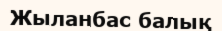
Жыланбас балық